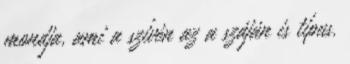
mondja, ami a szívén az a száján is típus.